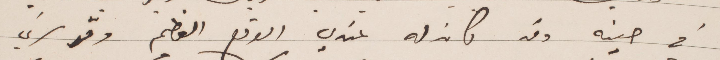
في حينه وقد كان له عندي الوقع العظيم وقد سرني